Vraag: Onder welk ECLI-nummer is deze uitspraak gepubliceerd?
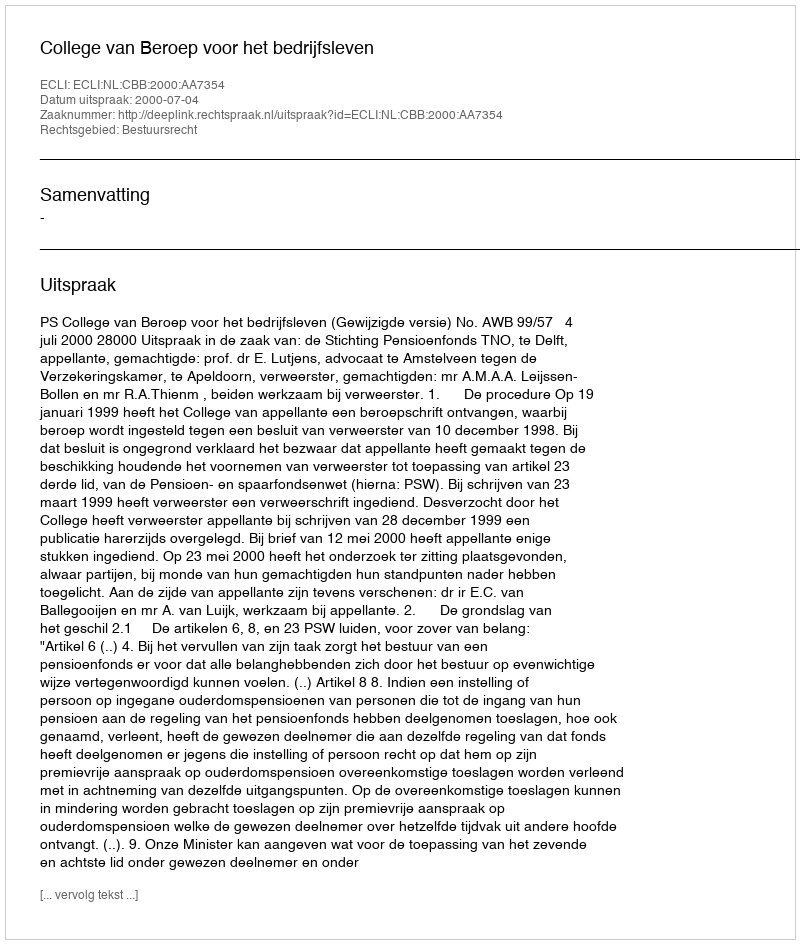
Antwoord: ECLI:NL:CBB:2000:AA7354